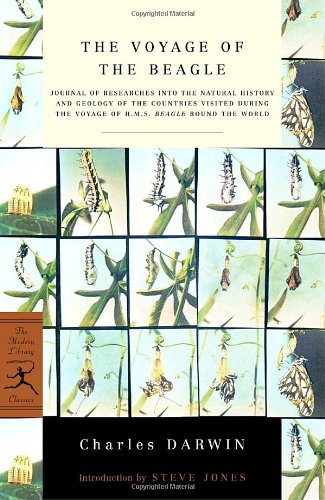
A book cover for The Voyage of the Beagle: Journal of Researches into the Natural History and Geology of the Countries Visited During the Voyage of H.M.S. Beagle Round the World (Modern Library Classics); Charles Darwin; Science & Math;